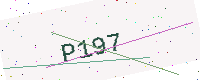
Text: P197